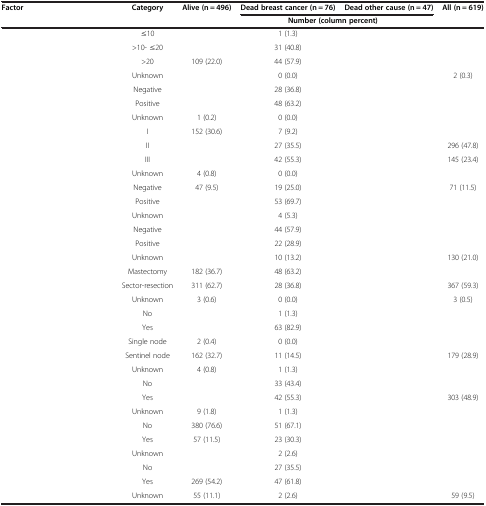
<table><thead><tr><td><b>Factor</b></td><td><b>Category</b></td><td><b>Alive (n = 496)</b></td><td><b>Dead breast cancer (n = 76)</b></td><td><b>Dead other cause (n = 47)</b></td><td><b>All (n = 619)</b></td></tr><tr><td>[EMPTY_CELL]</td><td>[EMPTY_CELL]</td><td colspan="4"><b>Number (column percent)</b></td></tr></thead><tbody><tr><td>[EMPTY_CELL]</td><td>≤10</td><td>[EMPTY_CELL]</td><td>1 (1.3)</td><td>[EMPTY_CELL]</td><td>[EMPTY_CELL]</td></tr><tr><td>[EMPTY_CELL]</td><td>&gt;10- ≤20</td><td>[EMPTY_CELL]</td><td>31 (40.8)</td><td>[EMPTY_CELL]</td><td>[EMPTY_CELL]</td></tr><tr><td>[EMPTY_CELL]</td><td>&gt;20</td><td>109 (22.0)</td><td>44 (57.9)</td><td>[EMPTY_CELL]</td><td>[EMPTY_CELL]</td></tr><tr><td>[EMPTY_CELL]</td><td>Unknown</td><td>[EMPTY_CELL]</td><td>0 (0.0)</td><td>[EMPTY_CELL]</td><td>2 (0.3)</td></tr><tr><td>[EMPTY_CELL]</td><td>Negative</td><td>[EMPTY_CELL]</td><td>28 (36.8)</td><td>[EMPTY_CELL]</td><td>[EMPTY_CELL]</td></tr><tr><td>[EMPTY_CELL]</td><td>Positive</td><td>[EMPTY_CELL]</td><td>48 (63.2)</td><td>[EMPTY_CELL]</td><td>[EMPTY_CELL]</td></tr><tr><td>[EMPTY_CELL]</td><td>Unknown</td><td>1 (0.2)</td><td>0 (0.0)</td><td>[EMPTY_CELL]</td><td>[EMPTY_CELL]</td></tr><tr><td>[EMPTY_CELL]</td><td>I</td><td>152 (30.6)</td><td>7 (9.2)</td><td>[EMPTY_CELL]</td><td>[EMPTY_CELL]</td></tr><tr><td>[EMPTY_CELL]</td><td>II</td><td>[EMPTY_CELL]</td><td>27 (35.5)</td><td>[EMPTY_CELL]</td><td>296 (47.8)</td></tr><tr><td>[EMPTY_CELL]</td><td>III</td><td>[EMPTY_CELL]</td><td>42 (55.3)</td><td>[EMPTY_CELL]</td><td>145 (23.4)</td></tr><tr><td>[EMPTY_CELL]</td><td>Unknown</td><td>4 (0.8)</td><td>0 (0.0)</td><td>[EMPTY_CELL]</td><td>[EMPTY_CELL]</td></tr><tr><td>[EMPTY_CELL]</td><td>Negative</td><td>47 (9.5)</td><td>19 (25.0)</td><td>[EMPTY_CELL]</td><td>71 (11.5)</td></tr><tr><td>[EMPTY_CELL]</td><td>Positive</td><td>[EMPTY_CELL]</td><td>53 (69.7)</td><td>[EMPTY_CELL]</td><td>[EMPTY_CELL]</td></tr><tr><td>[EMPTY_CELL]</td><td>Unknown</td><td>[EMPTY_CELL]</td><td>4 (5.3)</td><td>[EMPTY_CELL]</td><td>[EMPTY_CELL]</td></tr><tr><td>[EMPTY_CELL]</td><td>Negative</td><td>[EMPTY_CELL]</td><td>44 (57.9)</td><td>[EMPTY_CELL]</td><td>[EMPTY_CELL]</td></tr><tr><td>[EMPTY_CELL]</td><td>Positive</td><td>[EMPTY_CELL]</td><td>22 (28.9)</td><td>[EMPTY_CELL]</td><td>[EMPTY_CELL]</td></tr><tr><td>[EMPTY_CELL]</td><td>Unknown</td><td>[EMPTY_CELL]</td><td>10 (13.2)</td><td>[EMPTY_CELL]</td><td>130 (21.0)</td></tr><tr><td>[EMPTY_CELL]</td><td>Mastectomy</td><td>182 (36.7)</td><td>48 (63.2)</td><td>[EMPTY_CELL]</td><td>[EMPTY_CELL]</td></tr><tr><td>[EMPTY_CELL]</td><td>Sector-resection</td><td>311 (62.7)</td><td>28 (36.8)</td><td>[EMPTY_CELL]</td><td>367 (59.3)</td></tr><tr><td>[EMPTY_CELL]</td><td>Unknown</td><td>3 (0.6)</td><td>0 (0.0)</td><td>[EMPTY_CELL]</td><td>3 (0.5)</td></tr><tr><td>[EMPTY_CELL]</td><td>No</td><td>[EMPTY_CELL]</td><td>1 (1.3)</td><td>[EMPTY_CELL]</td><td>[EMPTY_CELL]</td></tr><tr><td>[EMPTY_CELL]</td><td>Yes</td><td>[EMPTY_CELL]</td><td>63 (82.9)</td><td>[EMPTY_CELL]</td><td>[EMPTY_CELL]</td></tr><tr><td>[EMPTY_CELL]</td><td>Single node</td><td>2 (0.4)</td><td>0 (0.0)</td><td>[EMPTY_CELL]</td><td>[EMPTY_CELL]</td></tr><tr><td>[EMPTY_CELL]</td><td>Sentinel node</td><td>162 (32.7)</td><td>11 (14.5)</td><td>[EMPTY_CELL]</td><td>179 (28.9)</td></tr><tr><td>[EMPTY_CELL]</td><td>Unknown</td><td>4 (0.8)</td><td>1 (1.3)</td><td>[EMPTY_CELL]</td><td>[EMPTY_CELL]</td></tr><tr><td>[EMPTY_CELL]</td><td>No</td><td>[EMPTY_CELL]</td><td>33 (43.4)</td><td>[EMPTY_CELL]</td><td>[EMPTY_CELL]</td></tr><tr><td>[EMPTY_CELL]</td><td>Yes</td><td>[EMPTY_CELL]</td><td>42 (55.3)</td><td>[EMPTY_CELL]</td><td>303 (48.9)</td></tr><tr><td>[EMPTY_CELL]</td><td>Unknown</td><td>9 (1.8)</td><td>1 (1.3)</td><td>[EMPTY_CELL]</td><td>[EMPTY_CELL]</td></tr><tr><td>[EMPTY_CELL]</td><td>No</td><td>380 (76.6)</td><td>51 (67.1)</td><td>[EMPTY_CELL]</td><td>[EMPTY_CELL]</td></tr><tr><td>[EMPTY_CELL]</td><td>Yes</td><td>57 (11.5)</td><td>23 (30.3)</td><td>[EMPTY_CELL]</td><td>[EMPTY_CELL]</td></tr><tr><td>[EMPTY_CELL]</td><td>Unknown</td><td>[EMPTY_CELL]</td><td>2 (2.6)</td><td>[EMPTY_CELL]</td><td>[EMPTY_CELL]</td></tr><tr><td>[EMPTY_CELL]</td><td>No</td><td>[EMPTY_CELL]</td><td>27 (35.5)</td><td>[EMPTY_CELL]</td><td>[EMPTY_CELL]</td></tr><tr><td>[EMPTY_CELL]</td><td>Yes</td><td>269 (54.2)</td><td>47 (61.8)</td><td>[EMPTY_CELL]</td><td>[EMPTY_CELL]</td></tr><tr><td>[EMPTY_CELL]</td><td>Unknown</td><td>55 (11.1)</td><td>2 (2.6)</td><td>[EMPTY_CELL]</td><td>59 (9.5)</td></tr></tbody></table>